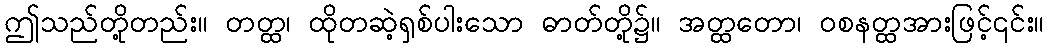
ဤသည်တို့တည်း။ တတ္ထ၊ ထိုတဆဲ့ရှစ်ပါးသော ဓာတ်တို့၌။ အတ္ထတော၊ ဝစနတ္ထအားဖြင့်၎င်း။